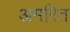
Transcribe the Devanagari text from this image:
अमरित